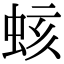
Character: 𧊏